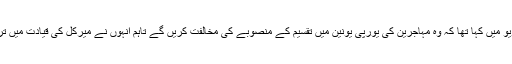
آسٹریائی چانسلر ویرنر فیمان نے بدھ کے روز اپنے ایک انٹرویو میں کہا تھا کہ وہ مہاجرین کی یورپی یونین میں تقسیم کے منصوبے کی مخالفت کریں گے تاہم انہوں نے میرکل کی قیادت میں ترکی کے ساتھ طے پانے والی ڈیل کی حمایت کا اعلان بھی کیا۔